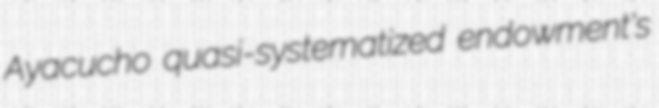
Ayacucho quasi-systematized endowment's